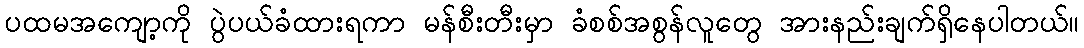
ပထမအကျော့ကို ပွဲပယ်ခံထားရကာ မန်စီးတီးမှာ ခံစစ်အစွန်လူတွေ အားနည်းချက်ရှိနေပါတယ်။